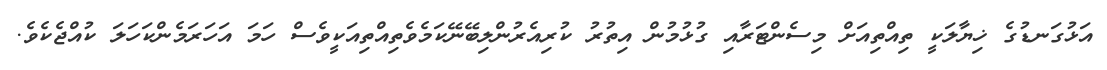
އަޅުގަނޑުގެ ޚިޔާލަކީ ތިއްތިއަށް މިސެންޓަރާއި ގުޅުމުން އިތުރު ކުރިއެރުންލިބޭނޭކަމެވެތިއްތިއަކީވެސް ހަމަ އަހަރަމެންކަހަލަ ކުއްޖެކެވެ.